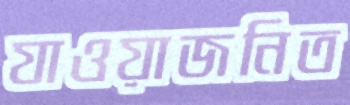
যাওয়াজনিত